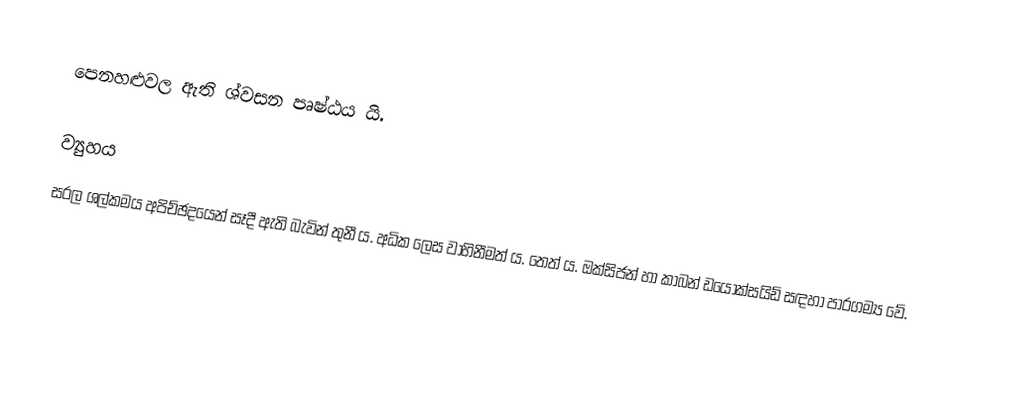
පෙනහළුවල ඇති ශ්වසන පෘෂ්ඨය යි.

ව්‍යුහය
සරල ශල්කමය අපිච්ඡදයෙන් සෑදී ඇති බැවින් තුනී ය. අධික ලෙස වාහිනීමත් ය. තෙත් ය. ඔක්සිජන් හා කාබන් ඩයොක්සයිඩ් සඳහා පාරගම්‍ය වේ.